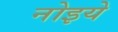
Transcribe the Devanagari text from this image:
नोइये